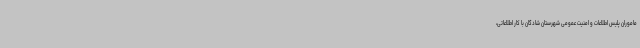
ماموران پلیس اطلاعات و امنیت عمومی شهرستان شادگان با کار اطلاعاتی،